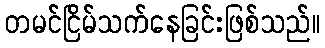
တမင်ငြိမ်သက်နေခြင်းဖြစ်သည်။